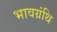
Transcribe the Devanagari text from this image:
भावग्रंथि